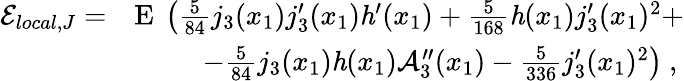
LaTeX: \begin{array}{rl}{\mathcal{E}_{local,J}=}&{\mathrm{E}\ \left(\frac{5}{84}j_{3}(x_{1})j_{3}^{\prime}(x_{1})\mathit{h}^{\prime}(x_{1})+\frac{5}{168}\mathit{h}(x_{1})j_{3}^{\prime}(x_{1})^{2}+\right.}\\ &{\ \ \ \ \ \ \ \ \ \left.-\frac{5}{84}j_{3}(x_{1})\mathit{h}(x_{1})\mathcal{A}_{3}^{\prime\prime}(x_{1})-\frac{5}{336}j_{3}^{\prime}(x_{1})^{2}\right)\ ,}\end{array}